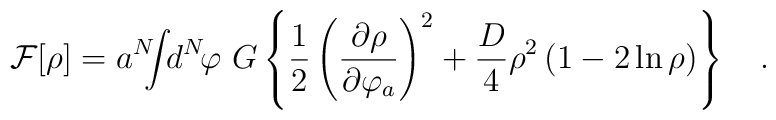
{\cal F}[\rho]=a^N\!\!\!\int\!\! d^N\!\varphi\ G\left\{{1\over2}\left({\partial\rho\over\partial\varphi_a}\right)^2+{D\over4}\rho^2\left(1-2\ln\rho\right)\right\} \quad.